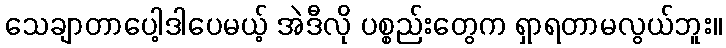
သေချာတာပေါ့ဒါပေမယ့် အဲဒီလို ပစ္စည်းတွေက ရှာရတာမလွယ်ဘူး။